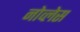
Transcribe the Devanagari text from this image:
नोव्लेस